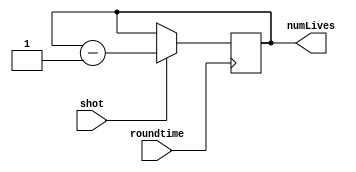
module life_count(
    input shot,
    input roundtime,
    output reg [1:0]numLives
    );
    
    //i.e. 00 didn't lose life; 01 lost a life;
    
    reg numLives=2'd3;
    
    always@(posedge roundtime) begin
    if (shot == 0) begin                //life count stays the same
        numLives <= numLives;
        end
    else if (shot == 1) begin           //p1 lose a life, p2 lives unchanged
        numLives <= numLives-1;
        end
    end

endmodule